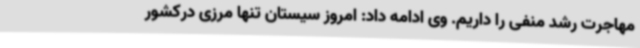
مهاجرت رشد منفی را داریم. وی ادامه داد: امروز سیستان تنها مرزی درکشور